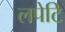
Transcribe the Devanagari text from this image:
लपेटि